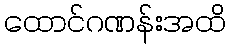
ထောင်ဂဏန်းအထိ